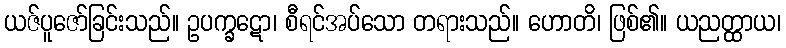
ယဇ်ပူဇော်ခြင်းသည်။ ဥပက္ခဋော၊ စီရင်အပ်သော တရားသည်။ ဟောတိ၊ ဖြစ်၏။ ယညတ္ထာယ၊